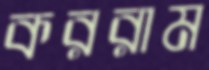
কররাম